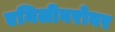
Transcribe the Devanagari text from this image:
एमिलीबरोबर